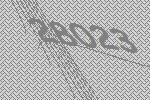
28023